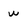
Character: w